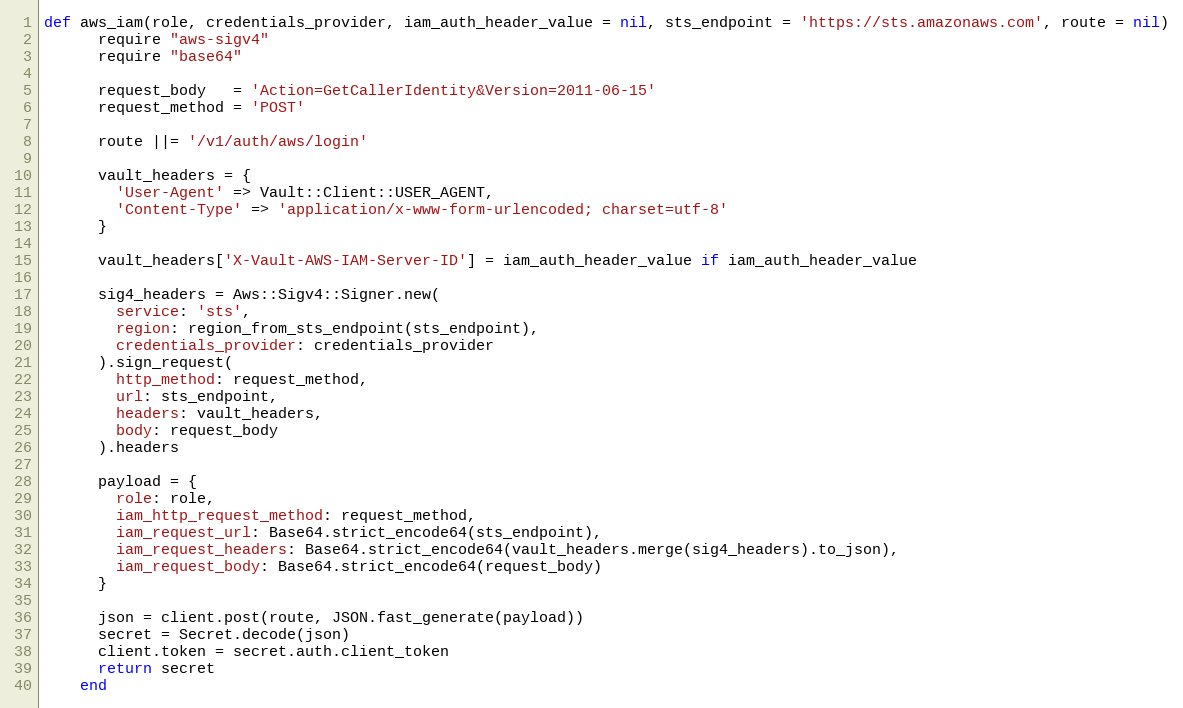
Language: Ruby
def aws_iam(role, credentials_provider, iam_auth_header_value = nil, sts_endpoint = 'https://sts.amazonaws.com', route = nil)
      require "aws-sigv4"
      require "base64"

      request_body   = 'Action=GetCallerIdentity&Version=2011-06-15'
      request_method = 'POST'

      route ||= '/v1/auth/aws/login'

      vault_headers = {
        'User-Agent' => Vault::Client::USER_AGENT,
        'Content-Type' => 'application/x-www-form-urlencoded; charset=utf-8'
      }

      vault_headers['X-Vault-AWS-IAM-Server-ID'] = iam_auth_header_value if iam_auth_header_value

      sig4_headers = Aws::Sigv4::Signer.new(
        service: 'sts',
        region: region_from_sts_endpoint(sts_endpoint),
        credentials_provider: credentials_provider
      ).sign_request(
        http_method: request_method,
        url: sts_endpoint,
        headers: vault_headers,
        body: request_body
      ).headers

      payload = {
        role: role,
        iam_http_request_method: request_method,
        iam_request_url: Base64.strict_encode64(sts_endpoint),
        iam_request_headers: Base64.strict_encode64(vault_headers.merge(sig4_headers).to_json),
        iam_request_body: Base64.strict_encode64(request_body)
      }

      json = client.post(route, JSON.fast_generate(payload))
      secret = Secret.decode(json)
      client.token = secret.auth.client_token
      return secret
    end